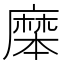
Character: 𪎝